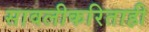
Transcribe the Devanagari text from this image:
सावलीकरिताही